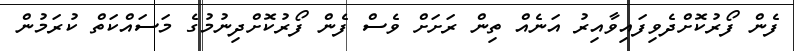
ފެން ފޯރުކޮށްދެވިފައިވާއިރު އަނެއް ތިން ރަށަށް ވެސް ފެން ފޯރުކޮށްދިނުމުގެ މަސައްކަތް ކުރަމުން